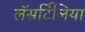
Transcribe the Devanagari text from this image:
लॅसर्टिलिया